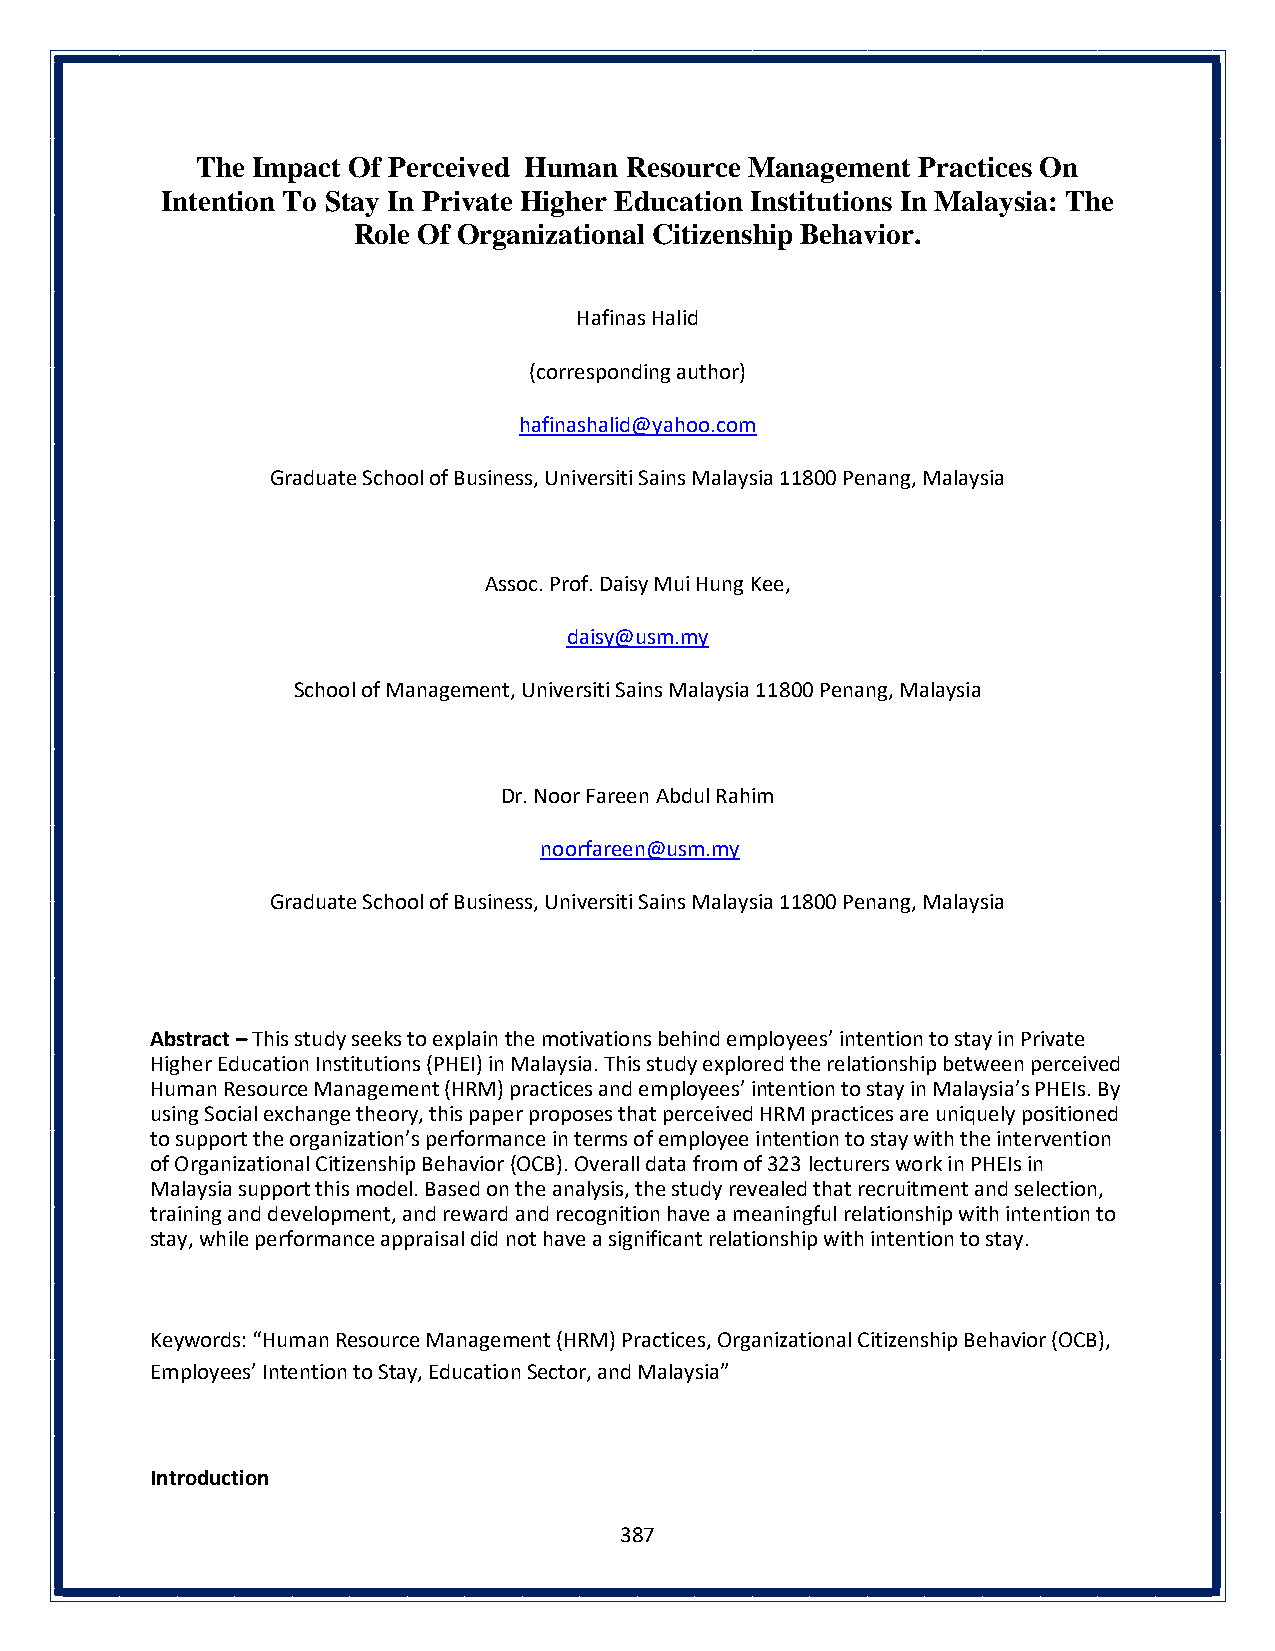
The Impact Of Perceived Human Resource Management Practices On
 Intention To Stay In Private Higher Education Institutions In Malaysia: The
 Role Of Organizational Citizenship Behavior.
 Hafinas Halid
 (corresponding author)
 hafinashalid@yahoo.com
 Graduate School of Business, Universiti Sains Malaysia 11800 Penang, Malaysia
 Assoc. Prof. Daisy Mui Hung Kee,
 daisy@usm.my
 School of Management, Universiti Sains Malaysia 11800 Penang, Malaysia
 Dr. Noor Fareen Abdul Rahim
 noorfareen@usm.my
 Graduate School of Business, Universiti Sains Malaysia 11800 Penang, Malaysia
 Abstract – This study seeks to explain the motivations behind employees’ intention to stay in Private
 Higher Education Institutions (PHEI) in Malaysia. This study explored the relationship between perceived
 Human Resource Management (HRM) practices and employees’ intention to stay in Malaysia’s PHEIs. By
 using Social exchange theory, this paper proposes that perceived HRM practices are uniquely positioned
 to support the organization’s performance in terms of employee intention to stay with the intervention
 of Organizational Citizenship Behavior (OCB). Overall data from of 323 lecturers work in PHEIs in
 Malaysia support this model. Based on the analysis, the study revealed that recruitment and selection,
 training and development, and reward and recognition have a meaningful relationship with intention to
 stay, while performance appraisal did not have a significant relationship with intention to stay.
 Keywords: “Human Resource Management (HRM) Practices, Organizational Citizenship Behavior (OCB),
 Employees’ Intention to Stay, Education Sector, and Malaysia”
 Introduction
 387